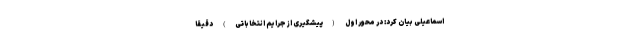
اسماعیلی بیان کرد: در محور اول (پیشگیری از جرایم انتخاباتی) دقیقا